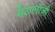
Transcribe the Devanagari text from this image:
मेटालॉजी